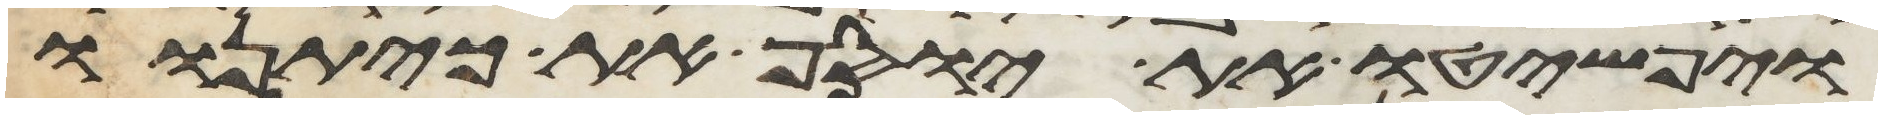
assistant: ויפשטו את יוסף את כיתנתו